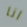
انا